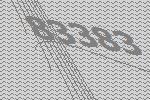
83383